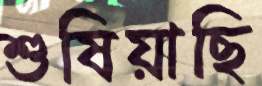
শুষিয়াছি